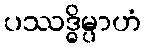
ပဿဒ္ဓိမ္ပာဟံ